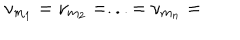
LaTeX: \mathrm { \ n u } _ { m _ { 1 } } = \mathrm { \ n u } _ { m _ { 2 } } = . . . = \mathrm { \ n u } _ { m _ { n } } =